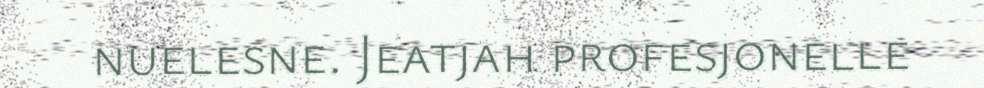
nuelesne. Jeatjah profesjonelle